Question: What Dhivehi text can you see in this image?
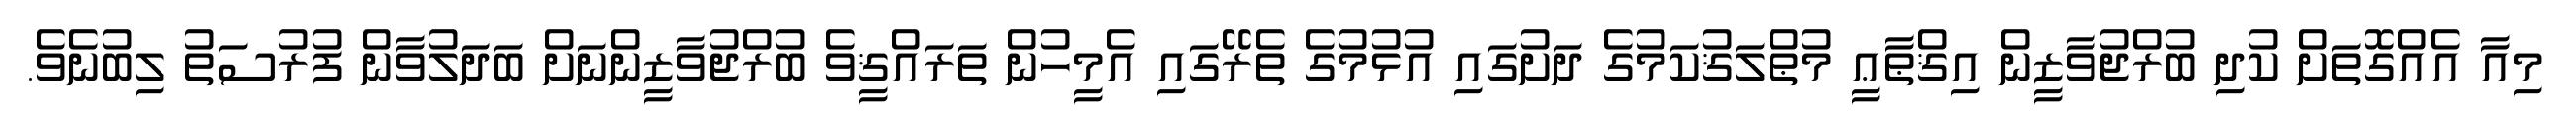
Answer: މިއާ އެއްގޮތަށް ކުދި ބުރްޖުވާޒީން އިޤްޠާޢީ މުޠްލަޤުކަމުގެ ދަށުގައި އުޅުމުގެ ތެރޭގައި އެމީހުން ތަރައްޤީވެ ބުރްޖުވާޒީންނަށް ބަދަލުވާން ފުރުސަތު ލިބުނެވެ.